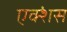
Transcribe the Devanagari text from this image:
एक्शंस